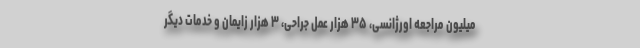
میلیون مراجعه اورژانسی، ۳۵ هزار عمل جراحی، ۳ هزار زایمان و خدمات دیگر